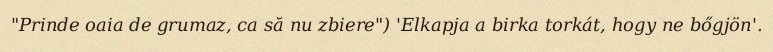
"Prinde oaia de grumaz, ca să nu zbiere") 'Elkapja a birka torkát, hogy ne bőgjön'.